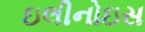
ઇલીનોઇસ